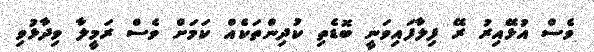
ވެސް އުޅޭއިރު ރޭ ފިލާފައިވަނީ ބޮޑެތި ކުދިންތަކެއް ކަމަށް ވެސް ރަމީލާ ވިދާޅުވި